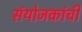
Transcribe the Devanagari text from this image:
संयोजकांची